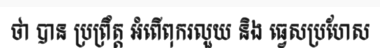
ថា បាន ប្រព្រឹត្ត អំពើពុករលួយ និង ធ្វេសប្រហែស